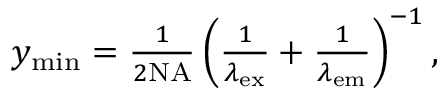
\begin{array} { r } { y _ { \mathrm { m i n } } = \frac { 1 } { 2 \mathrm { N A } } \left( \frac { 1 } { \lambda _ { \mathrm { e x } } } + \frac { 1 } { \lambda _ { \mathrm { e m } } } \right) ^ { - 1 } , } \end{array}